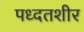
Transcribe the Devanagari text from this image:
पध्दतशीर